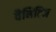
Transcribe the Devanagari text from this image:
वैनिटिज